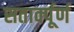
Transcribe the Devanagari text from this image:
सतार्क्पूर्ण